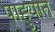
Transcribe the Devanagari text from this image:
पाहुयात